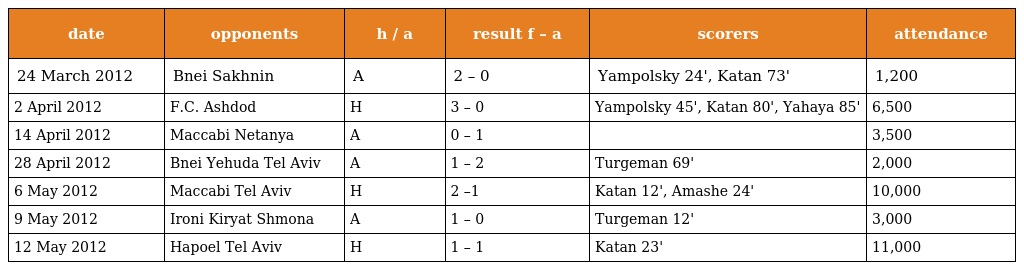
| date | opponents | h / a | result f – a | scorers | attendance |
 | --- | --- | --- | --- | --- | --- |
 | 24 March 2012 | Bnei Sakhnin | A | 2 – 0 | Yampolsky 24', Katan 73' | 1,200 |
 | 2 April 2012 | F.C. Ashdod | H | 3 – 0 | Yampolsky 45', Katan 80', Yahaya 85' | 6,500 |
 | 14 April 2012 | Maccabi Netanya | A | 0 – 1 |  | 3,500 |
 | 28 April 2012 | Bnei Yehuda Tel Aviv | A | 1 – 2 | Turgeman 69' | 2,000 |
 | 6 May 2012 | Maccabi Tel Aviv | H | 2 –1 | Katan 12', Amashe 24' | 10,000 |
 | 9 May 2012 | Ironi Kiryat Shmona | A | 1 – 0 | Turgeman 12' | 3,000 |
 | 12 May 2012 | Hapoel Tel Aviv | H | 1 – 1 | Katan 23' | 11,000 |